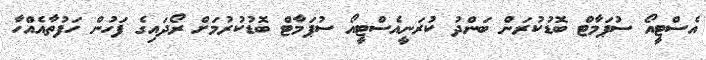
އެސްޓީއޯ ސުޕަމާޓް ބޮޑުކުރަން ބަންދު ކުރަނީއެސްޓީއޯ ސުޕަމާޓް ބޮޑުކުރުމަށް ރޯދައިގެ ފަހުން ހަފުތާއެއްހާ